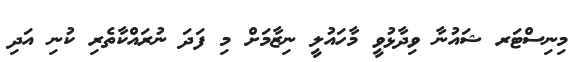
މިނިސްޓަރ ޝައުނާ ވިދާޅުވީ މާހައުލީ ނިޒާމަށް މި ފަދަ ނުރައްކާތެރި ކުނި އަދި